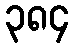
၃၈၄